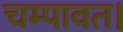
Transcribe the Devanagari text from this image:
चम्पावत।